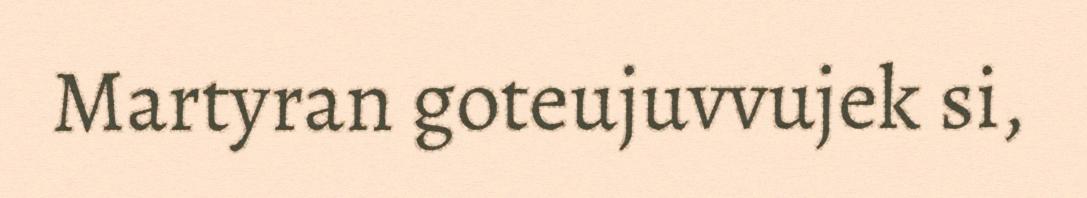
Martyran goteujuvvujek si,